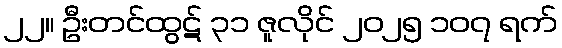
၂၂။ ဦးတင်ထွဋ် ၃၁ ဇူလိုင် ၂၀၂၅ ၁၀၇ ရက်